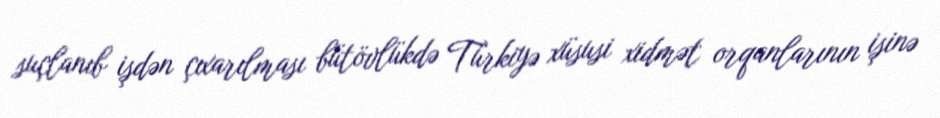
suçlanıb işdən çıxarılması bütövlükdə Türkiyə xüsusi xidmət orqanlarının işinə